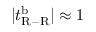
| t _ { \mathrm { R - R } } ^ { \mathrm { b } } | \approx 1